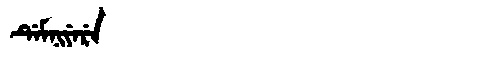
Manchu: ᡩᡝᠮᠨᡳᠶᡝᡵᡝ
Romanization: DEMNIYERE